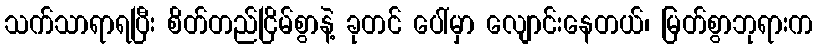
သက်သာရာရပြီး စိတ်တည်ငြိမ်စွာနဲ့ ခုတင် ပေါ်မှာ လျောင်းနေတယ်၊ မြတ်စွာဘုရားက